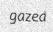
gazed